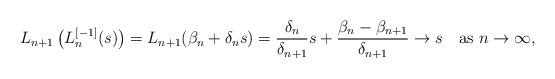
LaTeX: \begin{align*} L_{n+1}\left(L_n^{[-1]}(s)\right) = L_{n+1}(\beta_n + \delta_n s) = \frac{\delta_n}{\delta_{n+1}} s + \frac{\beta_n-\beta_{n+1}}{\delta_{n+1}} \to s \quad\mbox{as } n\to\infty,\end{align*}